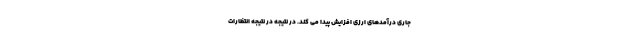
جاری درآمدهای ارزی افزایش پیدا می کند. در نتیجه در نتیجه انتظارات